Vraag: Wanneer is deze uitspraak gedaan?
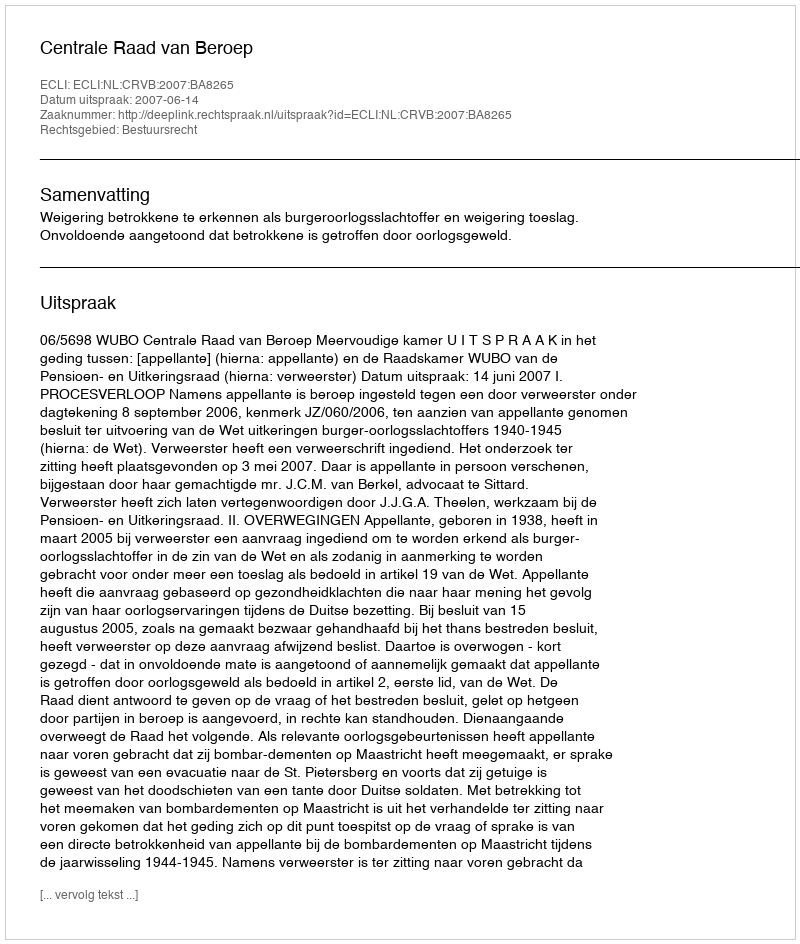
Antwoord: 2007-06-14